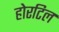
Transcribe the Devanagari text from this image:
होरटिल